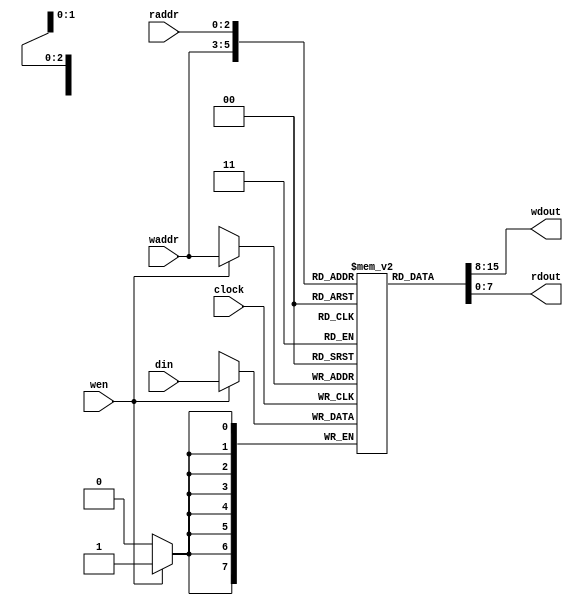
`timescale 1 ns/100 ps // time unit = 1ns; precision = 1/10 ns
/* Distributed RAM
 * DistroRAM.v
 *
 * Implement a small dual-port RAM using distributed RAM
 */
module DistroRAM (
    clock,
    wen,
    waddr,
    raddr,
    din,
    wdout,
    rdout
);
    parameter WIDTH = 8;
    parameter LOG_DEP = 3;
    localparam DEPTH = 1 << LOG_DEP;

    input                   clock;
    input                   wen;
    input    [LOG_DEP-1: 0] waddr;
    input    [LOG_DEP-1: 0] raddr;
    input      [WIDTH-1: 0] din;
    output     [WIDTH-1: 0] wdout;
    output     [WIDTH-1: 0] rdout;

    // Infer distributed RAM
    reg        [WIDTH-1: 0] ram [DEPTH-1: 0];

    // synthesis attribute RAM_STYLE of ram is distributed
    always @(posedge clock)
    begin
        if (wen)
            ram[waddr] <= din;
    end

    assign wdout = ram[waddr];
    assign rdout = ram[raddr];

endmodule